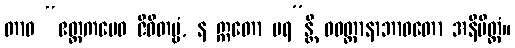
တာဝ “ဧတ္တကမေဝ ဇီဝိတဗ္ဗံ, န ဣတော ပရ”န္တိ ဝဝတ္ထာနာဘာဝတော အနိမိတ္တံ။